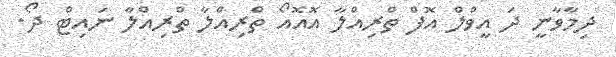
ދިމާވާނީ ދަ އީވްލް އޮފް ތްރިއްލާ އޮޮއޮއޯ ތްރިއްލާ ތްރިއްލާ ނައިޓް ދޯ.